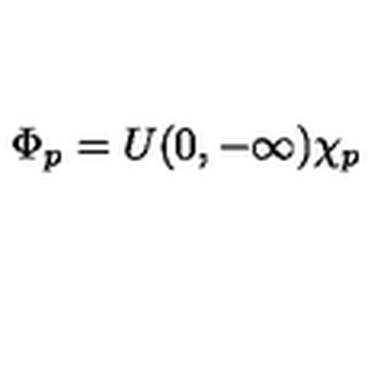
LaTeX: \Phi _ { p } = U ( 0 , - \infty ) \chi _ { p }